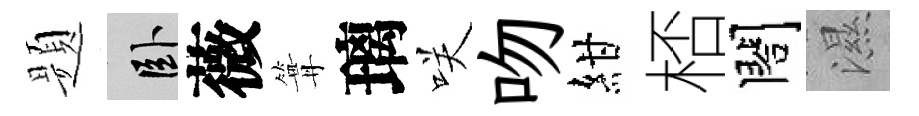
题卧薇篝璃咲吻紺桮閤濕